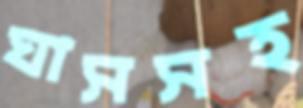
ঘাসসহ